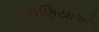
રવણિયાઓ